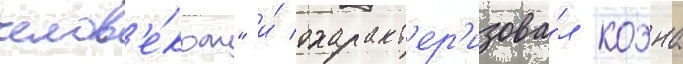
челов'е́ком" и́ охаракт'ер'изова́л коэна